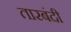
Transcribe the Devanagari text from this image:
तारबंदी